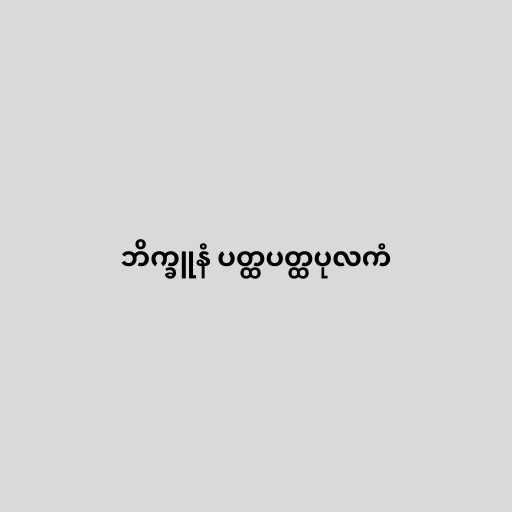
ဘိက္ခူနံ ပတ္ထပတ္ထပုလကံ